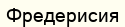
Фредерисия